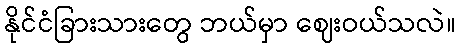
နိုင်ငံခြားသားတွေ ဘယ်မှာ ဈေးဝယ်သလဲ။